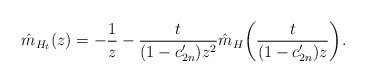
\begin{align*} \hat{m}_{H_t}(z)=-\frac{1}{z}-\frac{t}{(1-c_{2n}')z^2}\hat{m}_{H} \biggl(\frac{t}{(1-c_{2n}')z} \biggr).\end{align*}